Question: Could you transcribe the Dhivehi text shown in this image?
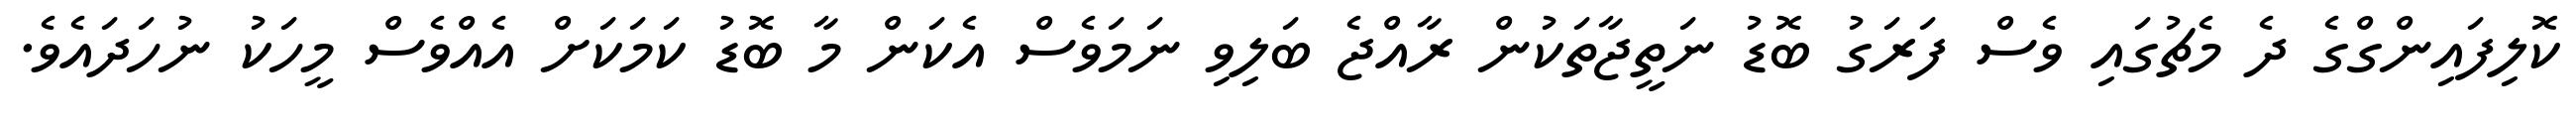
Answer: ކޮލިފައިންގްގެ ދެ މެޗުގައި ވެސް ފަރަގު ބޮޑު ނަތީޖާތަކުން ރާއްޖެ ބަލިވި ނަމަވެސް އެކަން މާ ބޮޑު ކަމަކަށް އެއްވެސް މީހަކު ނުހަދައެވެ.